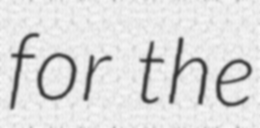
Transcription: for the